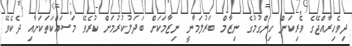
ދިވެހިރާއްޖޭގެ ވެރިކަން ހިންގުމުގެ ނިޒާމް ބަރުލަމާނީ ނިޒާމަކަށް ބަދަލުކުރުމަށް ކުރެވޭ މަސައްކަތަކަށާއި ދެކެވޭ